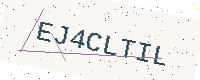
Text: EJ4CLTIL